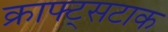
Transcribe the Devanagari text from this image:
क्राफ्ट्सटाक